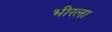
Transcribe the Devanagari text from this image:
भीरला